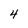
Character: 4